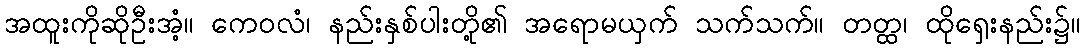
အထူးကိုဆိုဦးအံ့။ ကေဝလံ၊ နည်းနှစ်ပါးတို့၏ အရောမယှက် သက်သက်။ တတ္ထ၊ ထိုရှေးနည်း၌။